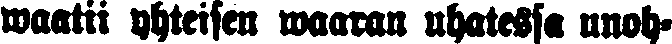
waatii yhteisen waaran uhatessa unoh-